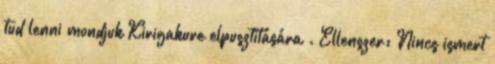
tud lenni mondjuk Kirigakure elpusztítására . Ellenszer: Nincs ismert